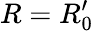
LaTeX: R=R_{0}^{\prime}